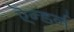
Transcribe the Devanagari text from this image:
ऎन्डर्न